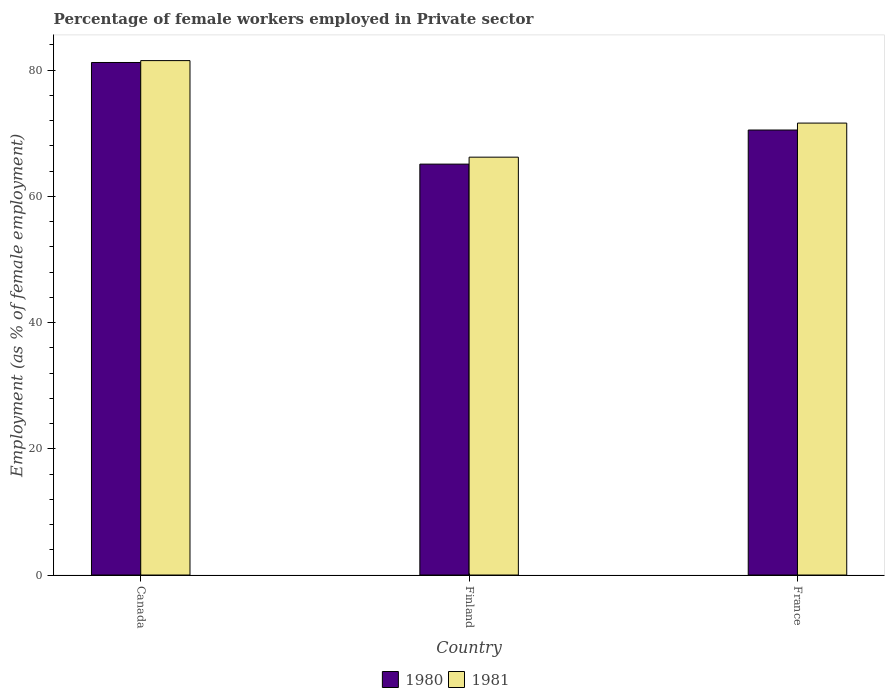
| Country | 1980 | 1981 |
 | --- | --- | --- |
 | Canada | 81.2 | 81.5 |
 | Finland | 65.1 | 66.2 |
 | France | 70.5 | 71.6 |